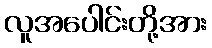
လူအပေါင်းတို့အား